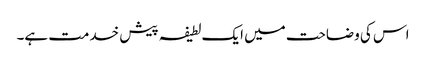
اس کی وضاحت میں ایک لطیفہ پیش خدمت ہے۔